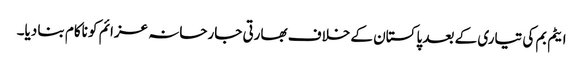
ایٹم بم کی تیاری کے بعد پاکستان کے خلاف بھارتی جارحانہ عزائم کو ناکام بنا دیا۔